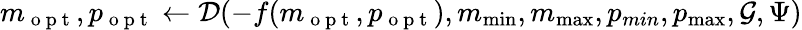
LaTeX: m_{\mathrm{~o~p~t~}},p_{\mathrm{~o~p~t~}}\gets\mathcal{D}(-f(m_{\mathrm{~o~p~t~}},p_{\mathrm{~o~p~t~}}),m_{\operatorname*{min}},m_{\operatorname*{max}},p_{min},p_{\operatorname*{max}},\mathcal{G},\Psi)